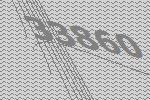
33860